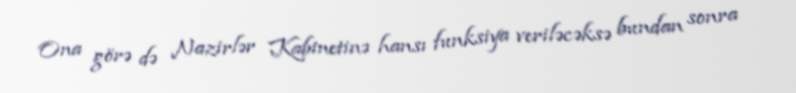
Ona görə də Nazirlər Kabinetinə hansı funksiya veriləcəksə bundan sonra